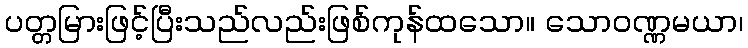
ပတ္တမြားဖြင့်ပြီးသည်လည်းဖြစ်ကုန်ထသော။ သောဝဏ္ဏမယာ၊